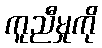
ကူညီမှုကို